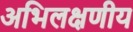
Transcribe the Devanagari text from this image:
अभिलक्षणीय